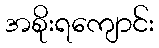
အစိုးရကျောင်း